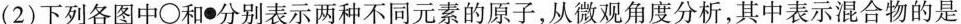
(2)下列各图中○和●分别表示两种不同元素的原子，从微观角度分析，其中表示混合物的是